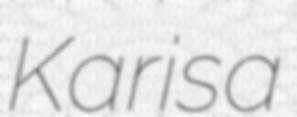
Karisa